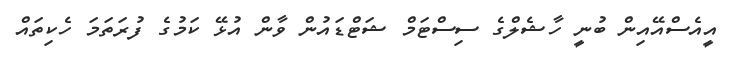
އީއެސްއޭއިން ބުނީ ހާޝެލްގެ ސިސްޓަމް ޝަޓްޑައުން ވާން އުޅޭ ކަމުގެ ފުރަތަމަ ހެކިތައް